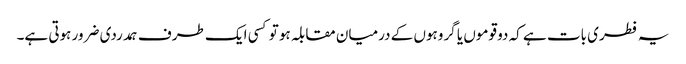
یہ فطری بات ہے کہ دو قوموں یا گروہوں کے درمیان مقابلہ ہو تو کسی ایک طرف ہمدردی ضرور ہوتی ہے۔